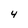
Character: 4